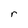
Character: r